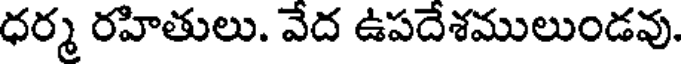
ధర్మ రహితులు. వేద ఉపదేశములుండవు.